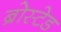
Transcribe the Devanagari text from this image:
ब्रोस्टेड